Indian journal of veterinary science and animal husbandry - Volume 14,
Year: 1944
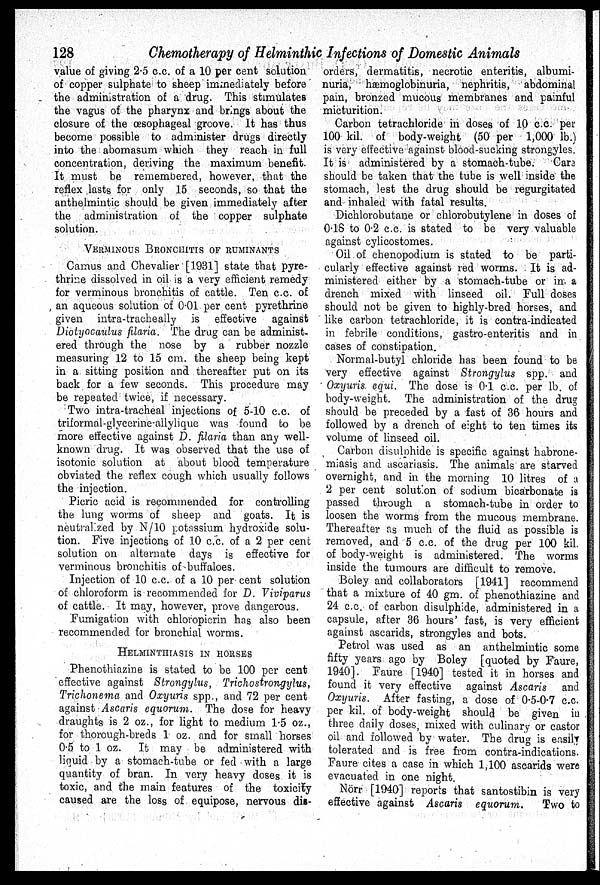
128
Chemotherapy of Helminthic Infections of Domestic Animals
value of giving 2.5 c.c. of a 10 per cent solution
of copper sulphate to sheep immediately before
the administration of a drug. This stimulates
the vagus of the pharynx and brings about the
closure of the œsophageal groove. It has thus
become possible to administer drugs directly
into the abomasum which they reach in full
concentration, deriving the maximum benefit.
It must be remembered, however, that the
reflex lasts for only 15 seconds, so that the
anthelmintic should be given immediately after
the administration of the copper sulphate
solution.
VERMINOUS BRONCHITIS OF RUMINANTS
Camus and Chevalier [1931] state that pyre-
thrine dissolved in oil is a very efficient remedy
for verminous bronchitis of cattle. Ten c.c. of
an aqueous solution of 0.01 per cent pyrethrine
given intra-tracheally is effective
against
Diotyocaulus filaria. The drug can be administ-
ered through the nose by a rubber nozzle
measuring 12 to 15 cm. the sheep being kept
in a sitting position and thereafter put on its
back for a few seconds. This procedure may
be repeated twice, if necessary.
Two intra-tracheal injections of 5-10 c.c. of
triformal-glycerine-allylique was found to be
more effective against D. filaria than any well-
known drug. It was observed that the use of
isotonic solution at about blood temperature
obviated the reflex cough which usually follows
the injection.
Picric acid is recommended for controlling
the lung worms of sheep and goats. It is
neutralized by N/10 potassium hydroxide solu-
tion. Five injections of 10 c.c. of a 2 per cent
solution on alternate days is effective for
verminous bronchitis of buffaloes.
Injection of 10 c.c. of a 10 per cent solution
of chloroform is recommended for D. Viviparus
of cattle. It may, however, prove dangerous.
Fumigation with chloropicrin has also been
recommended for bronchial worms.
HELMINTHIASIS IN HORSES
Phenothiazine is stated to be 100 per cent
effective against Strongylus,
Trichostrongylus,
Trichonema and Oxyuris spp., and 72 per cent
against Ascaris equorum. The dose for heavy
draughts is 2 oz., for light to medium 1.5 oz.,
for thorough-breds 1 oz. and for small horses
0.5 to 1 oz. It may be administered with
liquid by a stomach-tube or fed with a large
quantity of bran. In very heavy doses it is
toxic, and the main features of the toxicity
caused are the loss of equipose, nervous dis-
orders, dermatitis, necrotic enteritis, albumi-
nuria, hæmoglobinuria, nephritis, abdominal
pain, bronzed mucous membranes and painful
micturition.
Carbon tetrachloride in doses of 10 c.c. per
100 kil. of body-weight (50 per 1,000 lb.)
is very effective against blood-sucking strongyles.
It is administered by a stomach-tube.
Care
should be taken that the tube is well inside the
stomach, lest the drug should be regurgitated
and inhaled with fatal results.
Dichlorobutane or chlorobutylene in doses of
0.18 to 0.2 c.c. is stated to be very valuable
against cylicostomes.
Oil of chenopodium is stated to be parti-
cularly effective against red worms. It is ad-
ministered either by a stomach-tube or in. a
drench mixed with linseed oil. Full doses
should not be given to highly-bred horses, and
like carbon tetrachloride, it is contra-indicated
in febrile conditions, gastro-enteritis and in
cases of constipation.
Normal-butyl chloride has been found to be
very effective against Strongylus spp. and
Oxyuris. equi. The dose is 0.1 c.c. per lb. of
body-weight. The administration of the drug
should be preceded by a fast of 36 hours and
followed by a drench of eight to ten times its
volume of linseed oil.
Carbon disulohide is specific against habrone-
miasis and ascariasis. The animals are starved
overnight, and in the morning 10 litres of a
2 per cent solution of sodium bicarbonate is
passed through a stomach-tube in order to
loosen the worms from the mucous membrane.
Thereafter as much of the fluid as possible is
removed, and 5 c.c. of the drug per 100 kil.
of body-weight is administered. The worms
inside the tumours are difficult to remove.
Boley and collaborators [1941] recommend
that a mixture of 40 gm. of phenothiazine and
24 c.c. of carbon disulphide, administered in a
capsule, after 36 hours' fast, is very efficient
against ascarids, strongyles and bots.
Petrol was used as an anthelmintic some
fifty years ago by Boley [quoted by Faure,
1940]. Faure [1940] tested it in horses and
found it very effective against Ascaris and
Oxyuris. After fasting, a dose of 0.5-0.7 c.c.
per kil. of body-weight should be given in
three daily doses, mixed with culinary or castor
oil and followed by water. The drug is easily
tolerated and is free from contra-indications.
Faure cites a case in which 1,100 ascarids were
evacuated in one night.
Nörr [1940] reports that santostibin is very
effective against Ascaris equorum.
Two to